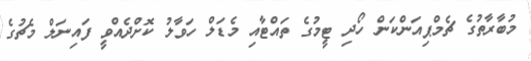
މުބާރާތުގެ ޗެމްޕިއަންކަން ހޯދި ޓީމުގެ ތައްޓާއި މެޑަލް ހަވާލު ކޮށްދެއްވީ ފައިނަލް މެޗުގެ